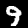
Digit: 9